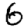
Digit: 6